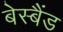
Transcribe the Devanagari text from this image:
बेस्बैंड